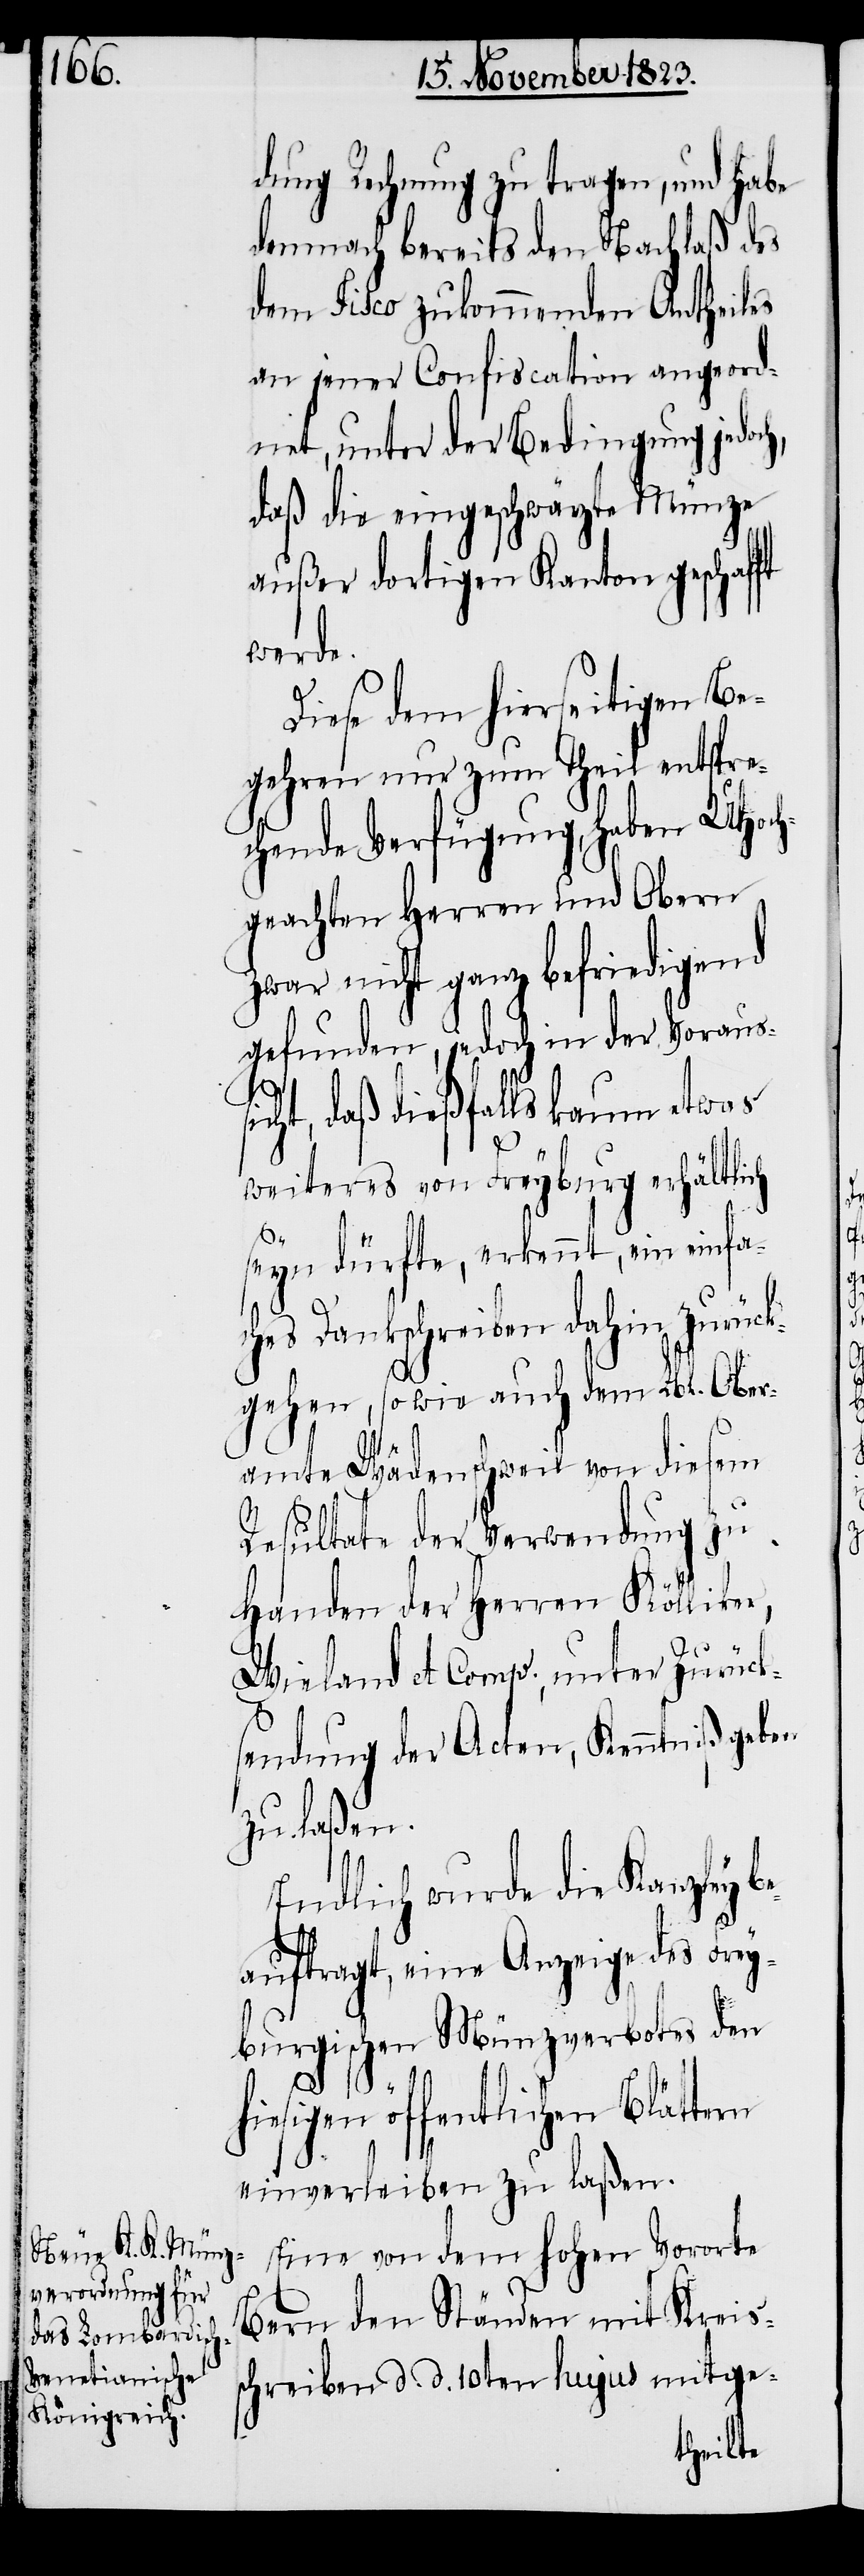
dung Rechnung zu tragen, und habe
demnach bereits den Nachlaß des
dem Fisco zukommenden Antheiles
an jener Confiscation angeord¬
net, unter der Bedingung jedoch,
daß die eingeschwärzte Münze
außer dortigen Kanton geschafft
werde.
Diese dem hierseitigen Be¬
gehren nur zum Theil entspre¬
chende Verfügung, haben UHoch¬
geachten Herren und Obern
zwar nicht ganz befriedigend
gefunden, jedoch in der Vorauss¬
icht, daß dießfalls kaum etwas
weiteres von Freyburg erhältlich
seyn dürfte, erkennt, ein einfa¬
ches Dankschreiben dahin zurück¬
gehen, sowie auch dem Lbl. Ober¬
amte Wädenschweil von diesem
Resultate der Verwendung zu
Handen der Herren Kölliker,
Wieland et Comp., unter Zurück¬
sendung der Acten, Kenntniß geben
zu laßen.
Endlich wurde die Kanzley b¬
eauftragt, eine Anzeige des Frey¬
burgischen Münzverbotes den
hiesigen öffentlichen Blättern
einverleiben zu laßen.
Eine von dem hohen Vororte
Bern den Ständen mit Kreis¬
schreiben d. d. 10ten hujus mitge-